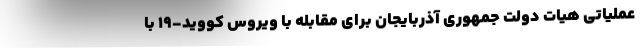
عملیاتی هیات دولت جمهوری آذربایجان برای مقابله با ویروس کووید-۱۹ با